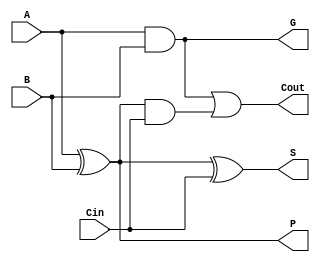
module FullAdder (
    input A,
    input B,
    input Cin,
    output S,
    output Cout,
    output G,
    output P
);
    assign G = A & B;       // Generate
    assign P = A ^ B;       // Propagate
    assign S = A ^ B ^ Cin; // Sum
    assign Cout = G | (P & Cin); // Carry out
endmodule